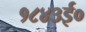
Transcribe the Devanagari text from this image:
१८४३ई०